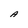
Character: A